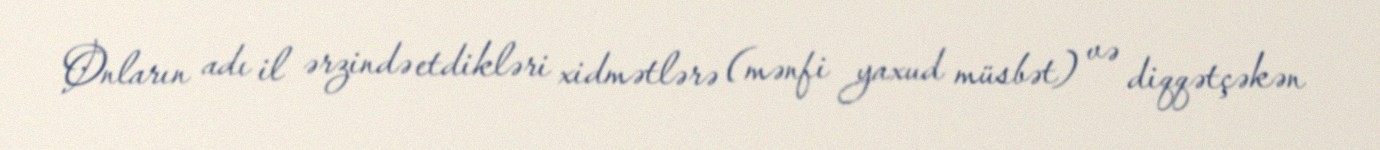
Onların adı il ərzində etdikləri xidmətlərə (mənfi yaxud müsbət) və diqqətçəkən